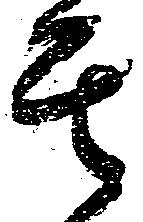
其